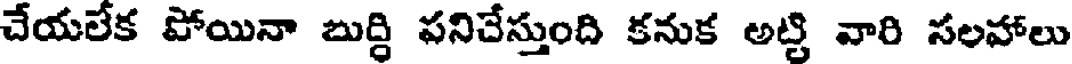
చేయలేక పోయినా బుద్ది పనిచేస్తుంది కనుక అట్టి వారి సలహాలు